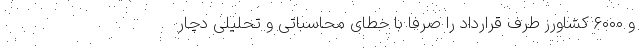
و ۶۰۰۰ کشاورز طرف قرارداد را صرفاً با خطای محاسباتی و تحلیلی دچار